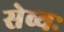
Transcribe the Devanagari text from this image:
सेव्यः